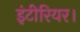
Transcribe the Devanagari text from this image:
इंटीरियर।